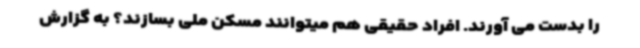
را بدست می آورند. افراد حقیقی هم میتوانند مسکن ملی بسازند؟ به گزارش